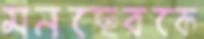
মনছেরকে